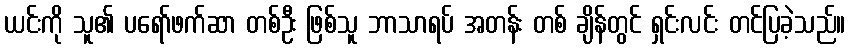
ယင်းကို သူ၏ ပရော်ဖက်ဆာ တစ်ဦး ဖြစ်သူ ဘာသာရပ် အတန်း တစ် ချိန်တွင် ရှင်းလင်း တင်ပြခဲ့သည်။